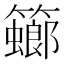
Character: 𥶨